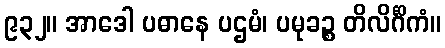
၉၃၂။ အာဒေါ ပဓာနေ ပဌမံ၊ ပမုခဉ္စ တိလိင်္ဂိကံ။